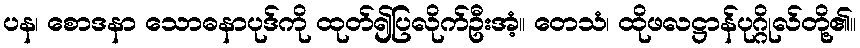
ပန၊ စောဒနာ သောဓနာပုဒ်ကို ထုတ်၍ပြလိုက်ဦးအံ့။ တေသံ၊ ထိုဖလဋ္ဌာန်ပုဂ္ဂိုလ်တို့၏။